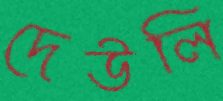
দেউলি